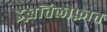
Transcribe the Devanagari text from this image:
इख़तिलाफ़ात